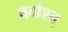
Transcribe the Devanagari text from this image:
बर्दाश्त्